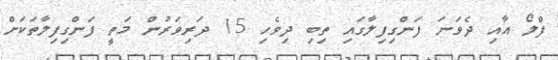
ފްލޯ އާއި ދެވަނަ ފަންގިފިލާގައި ތިބި ދިވެހި 15 ދަރިވަރުން މަތީ ފަންގިފިލާތަކަށް